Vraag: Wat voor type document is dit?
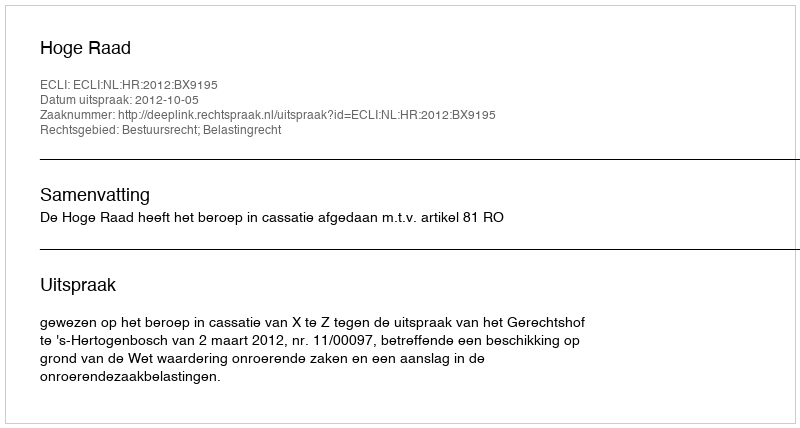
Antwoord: Uitspraak